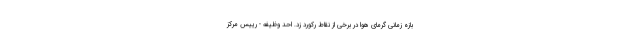
بازه زمانی گرمای هوا در برخی از نقاط رکورد زد. احد وظیفه - رییس مرکز